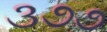
૩૭૭